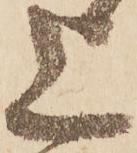
上